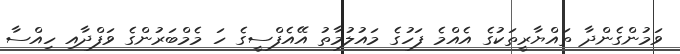
ވަމުންގެންދާ ތައްޔާރީތަކުގެ އެއްމެ ފަހުގެ މައުލުމާތު އޭއެފްސީގެ ހަ މެމްބަރުންގެ ވަފްދާއި ހިއްސާ